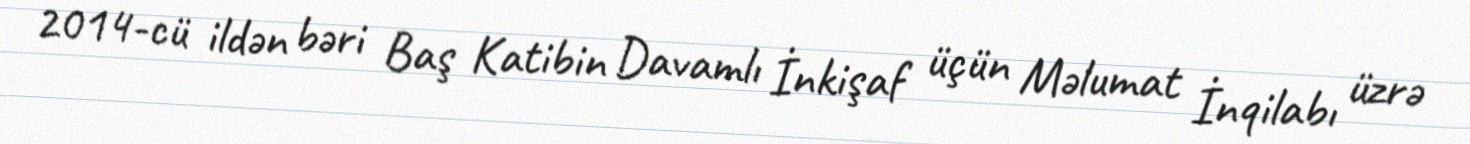
2014-cü ildən bəri Baş Katibin Davamlı İnkişaf üçün Məlumat İnqilabı üzrə